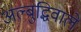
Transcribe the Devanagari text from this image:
अल्बुद्धिवाले